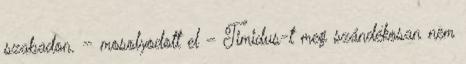
szabadon. – mosolyodott el – Timidus-t meg szándékosan nem